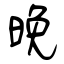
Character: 晚